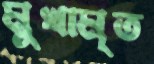
মুখামৃত